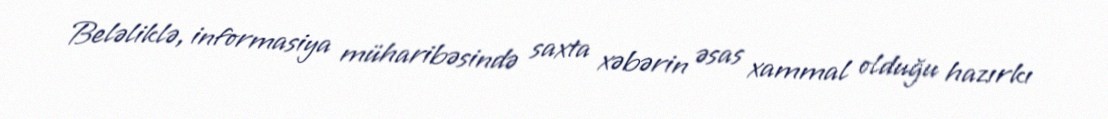
Beləliklə, informasiya müharibəsində saxta xəbərin əsas xammal olduğu hazırkı